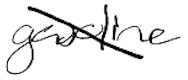
Text: gasoline
Cross-out: diagonal
Writing tool: digital_black